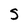
Character: S